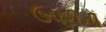
ઉપરીની